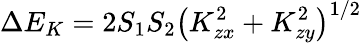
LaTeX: \Delta E_{K}=2S_{1}S_{2}\big(K_{zx}^{2}+K_{zy}^{2}\big)^{1/2}